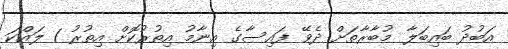
އަބުދު ބައިބަލާ މުބާރާތަށް ދެވޭ ފައިސާގެ އިނާމު އިތުރުކޮށް އިތުރު 1 ލައްކަ